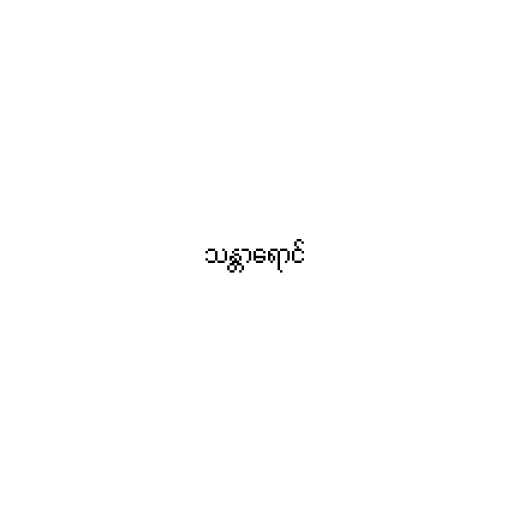
သန္တာရောင်